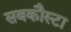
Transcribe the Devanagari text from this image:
सबकौस्टा